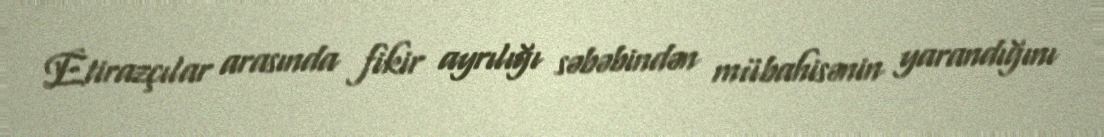
Etirazçılar arasında fikir ayrılığı səbəbindən mübahisənin yarandığını